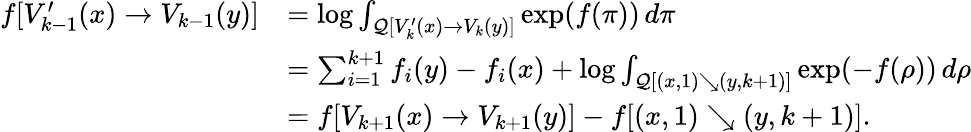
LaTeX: \begin{array}{rl}{f[V_{k-1}^{\prime}(x)\to V_{k-1}(y)]}&{=\log\int_{\mathcal{Q}[V_{k}^{\prime}(x)\to V_{k}(y)]}\exp(f(\pi))\, d\pi}\\ &{=\sum_{i=1}^{k+1}f_{i}(y)-f_{i}(x)+\log\int_{\mathcal{Q}[(x,1)\searrow(y,k+1)]}\exp(-f(\rho))\, d\rho}\\ &{=f[V_{k+1}(x)\to V_{k+1}(y)]-f[(x,1)\searrow(y,k+1)].}\end{array}